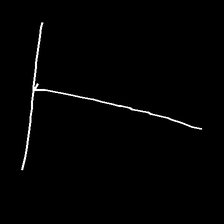
Glyph: column